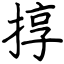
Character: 㨃